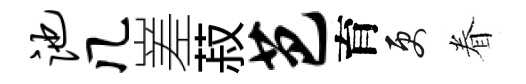
池几嵳菽芭育更眷